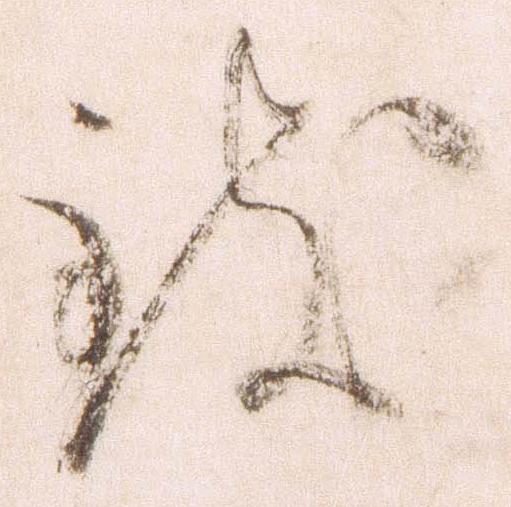
致